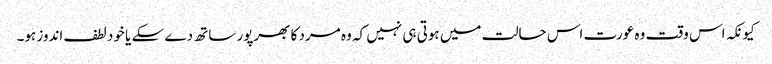
کیونکہ اس وقت وہ عورت اس حالت میں ہوتی ہی نہیں کہ وہ مرد کا بھرپور ساتھ دے سکے یا خود لطف اندوز ہو۔